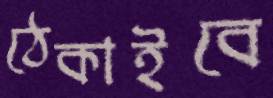
ঠেকাইবে